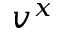
v ^ { x }